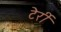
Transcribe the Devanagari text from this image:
टेर्री